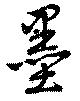
墨